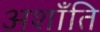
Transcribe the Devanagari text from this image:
अशाँति